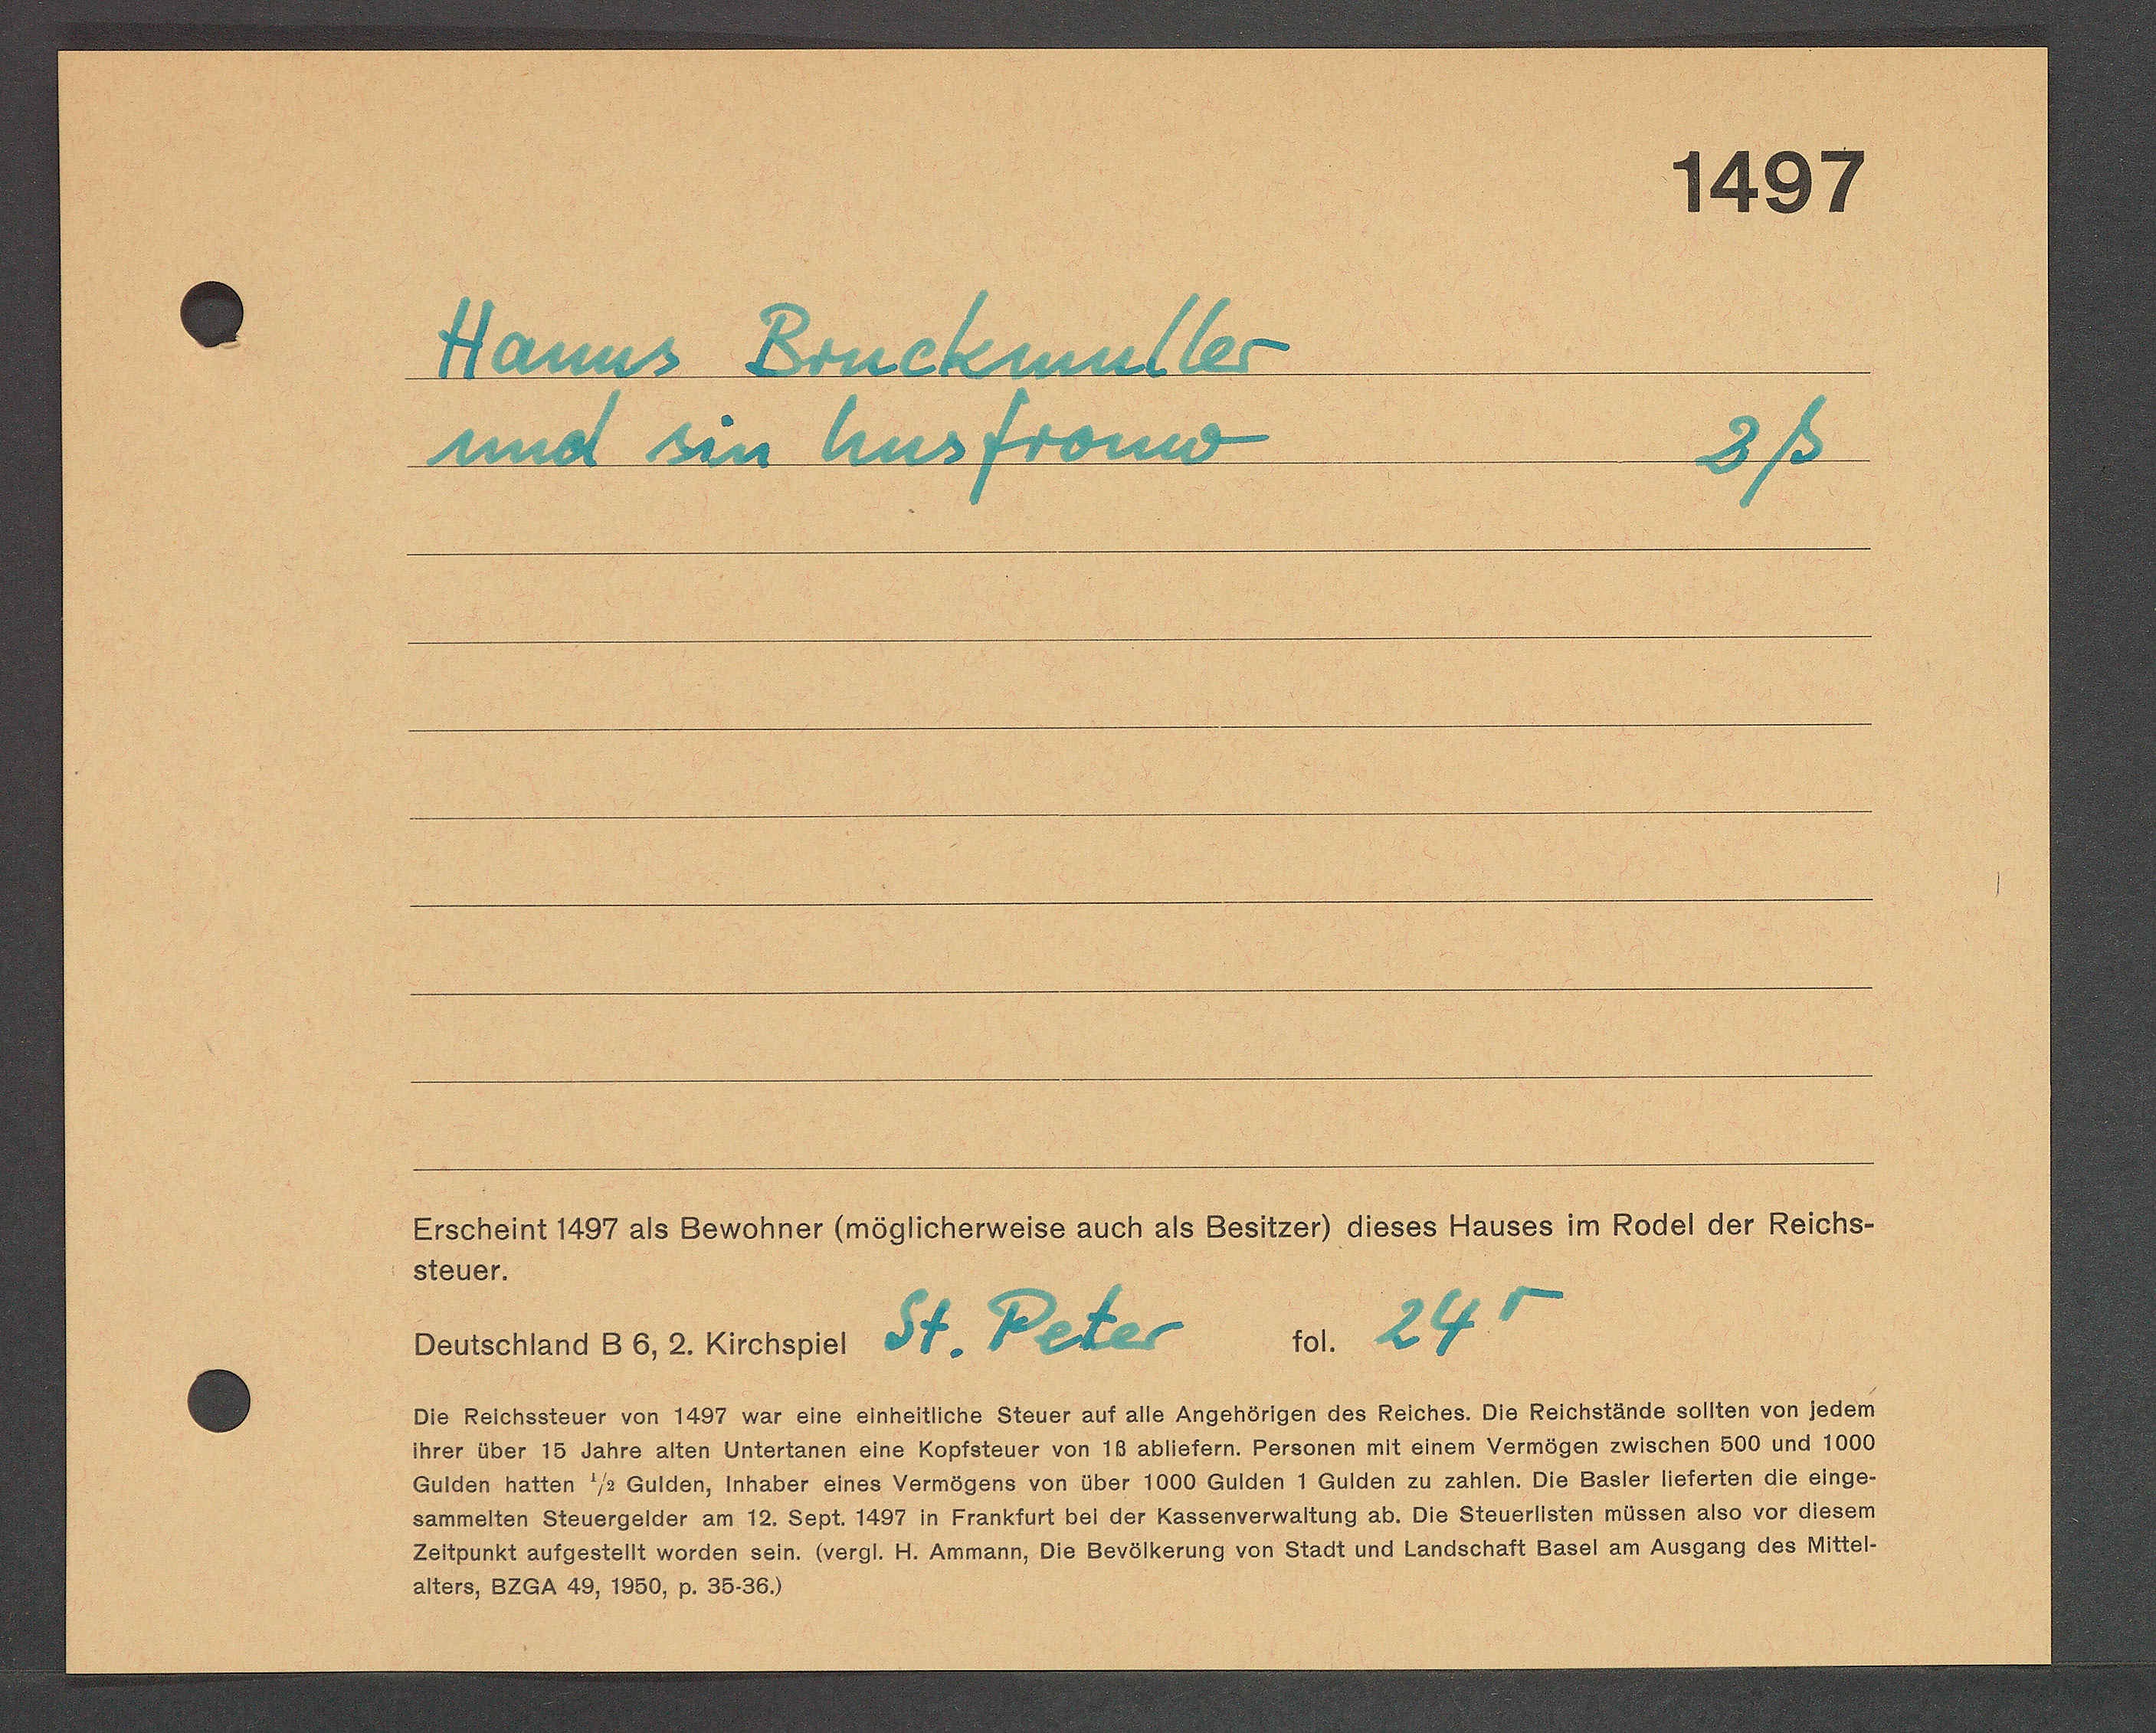
Transcript:
Hanns Bruckmuhler
und sin husfremw
3ß

Erscheint 1437 als Bewohner (mss
Steuer.
Beuschltand Bb,2.küchepiel St. Pei
Oie Reichssteuer von 1457 war eine einheittiche Steuer auf alle Angehörigen des Reiche s. use
Threr Aber 15 Jahre alten Antertlanen eine Koptsteuer von 18 ablietern. Personen mt einem Vermen duisen0
Gulden hatten 73 Gulden, inhaber eines Vermegens von über 1000 Gulden 1 Gulden zu Zahle. e ate efte de¬
sammelten Steuergelder am 12. Sept. 1487 in Frankfurt bet der Rassenverwattung ab. Oi Stersten musse
Zettzunkt aufgestellt worden sein. Wergt.: Ht. Ammann, Oie Bevötkerung von Stadt und landse
13, O2aA 48, 1850, p. 3636)